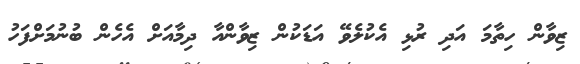
ޒިވާން ހިތާމަ އަދި ރުޅި އެކުލެވޭ އަޑަކުން ޒިވާންއާ ދިމާއަށް އެހެން ބުނުމަށްފަހު